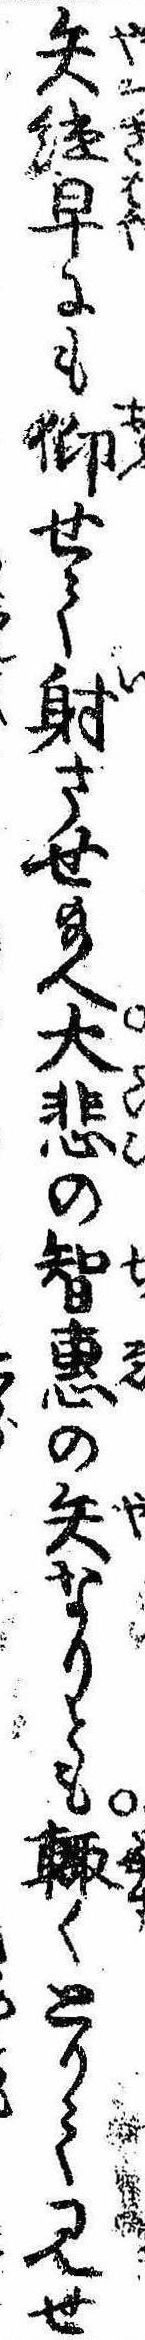
矢継早にも仰せて射させ給へ大悲の智恵の矢なりとも輙くとりて見せ